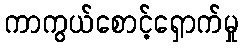
ကာကွယ်စောင့်ရှောက်မှု